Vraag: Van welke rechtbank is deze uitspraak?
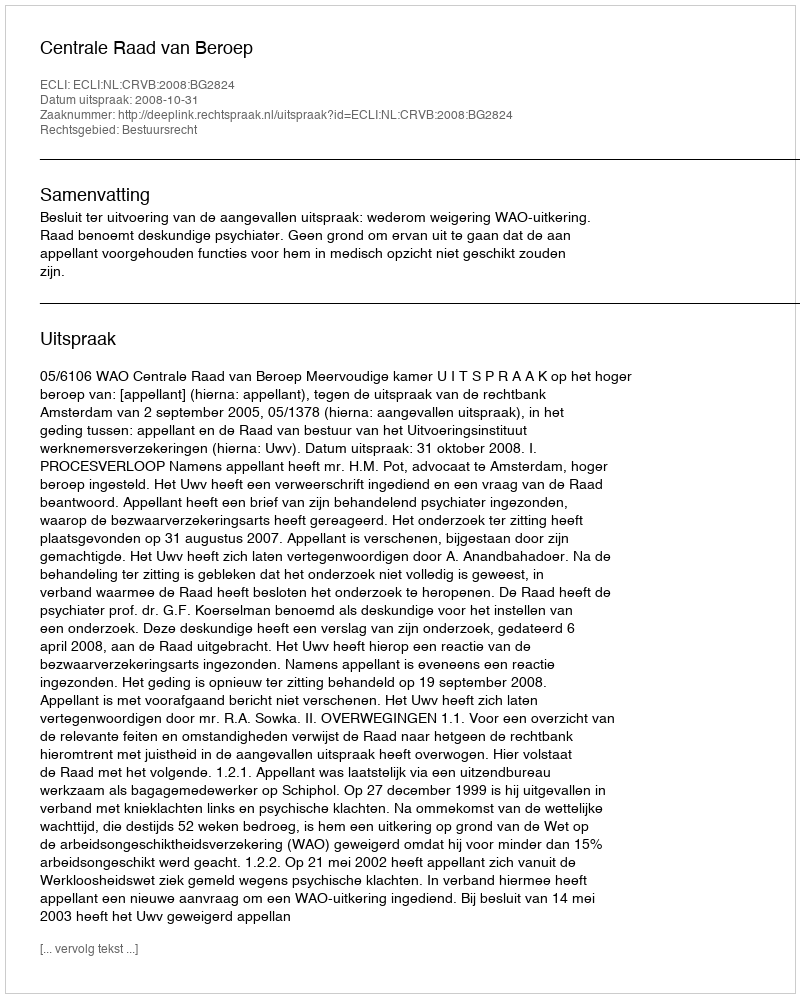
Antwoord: Centrale Raad van Beroep